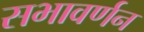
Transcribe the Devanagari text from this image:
सभावर्णन